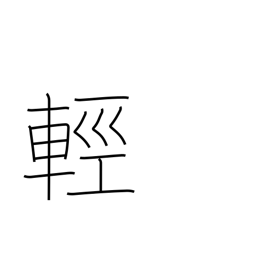
Meaning: gentle